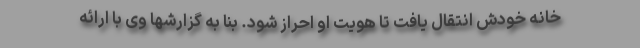
خانه خودش انتقال یافت تا هویت او احراز شود. بنا به گزارشها وی با ارائه